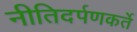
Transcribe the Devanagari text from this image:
नीतिदर्पणकर्ते